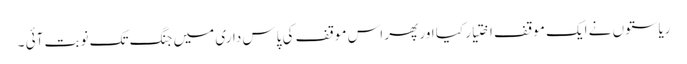
ریاستوں نے ایک موقف اختیار کیا اور پھر اس موقف کی پاس داری میں جنگ تک نوبت آئی ۔